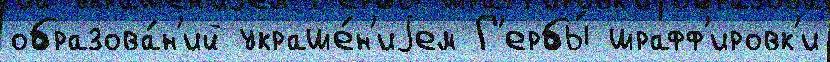
образова́н'ий украше́н'иjем Г'ербы́ шрафф'ировк'и